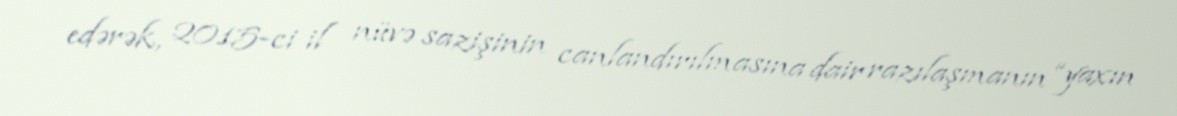
edərək, 2015-ci il nüvə sazişinin canlandırılmasına dair razılaşmanın “yaxın